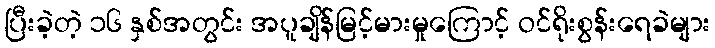
ပြီးခဲ့တဲ့ ၁၆ နှစ်အတွင်း အပူချိန်မြင့်မားမှုကြောင့် ဝင်ရိုးစွန်းရေခဲများ